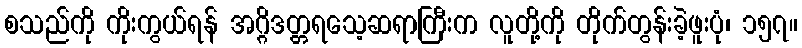
စသည်ကို ကိုးကွယ်ရန် အဂ္ဂိဒတ္တရသေ့ဆရာကြီးက လူတို့ကို တိုက်တွန်းခဲ့ဖူးပုံ၊ ၁၅၇။